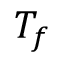
T _ { f }